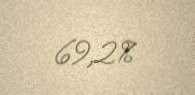
69,2%